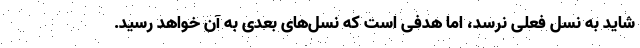
شاید به نسل فعلی نرسد، اما هدفی است که نسل‌های بعدی به آن خواهد رسید.